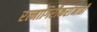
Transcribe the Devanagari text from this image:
रत्नागिरीकरांनाही